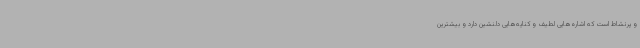
و پرنشاط است که اشاره‌هایی لطیف و کنایه‌هایی دلنشین دارد و بیشترین